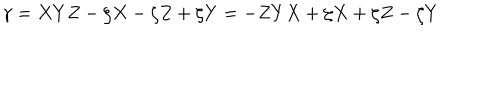
LaTeX: \gamma = X Y Z - \zeta X - \zeta Z + \zeta Y = - Z Y X + \zeta X + \zeta Z - \zeta Y